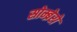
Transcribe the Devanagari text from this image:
सोम्ब्रेरो